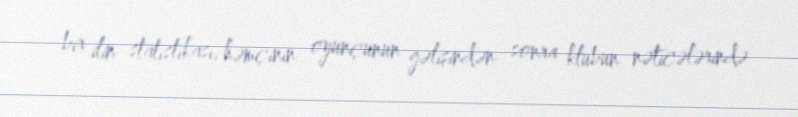
bir ilin statistikası, həmçinin oyunçunun gəlişindən sonra klubun nəticələrində